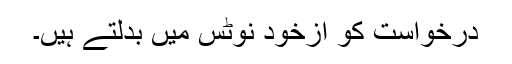
درخواست کو ازخود نوٹس میں بدلتے ہیں۔